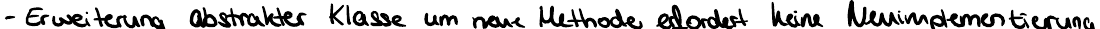
- Erweiterung abstrakter Klasse um neue Methode erfordert keine Neuimplementierung